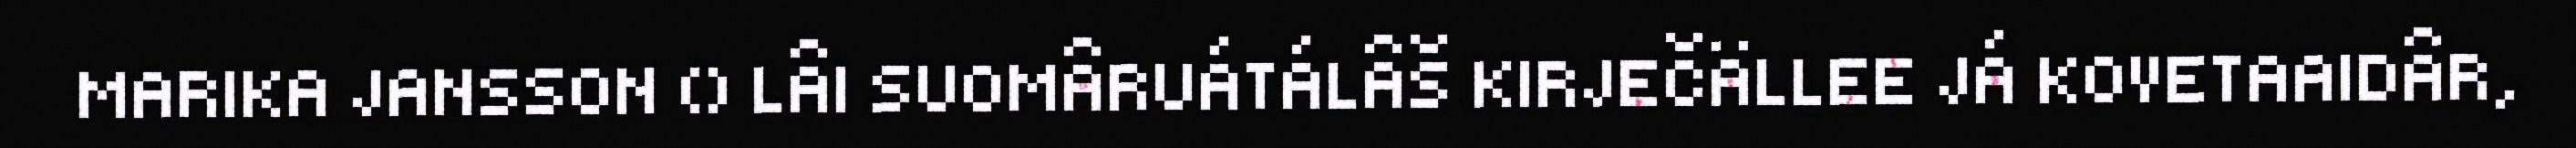
MARIKA JANSSON () LÂI SUOMÂRUÁTÁLÂŠ KIRJEČÄLLEE JÁ KOVETAAIDÂR,